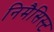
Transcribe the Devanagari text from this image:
निमैसिस्ट